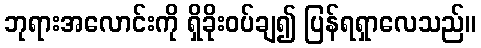
ဘုရားအလောင်းကို ရှိခိုးဝပ်ချ၍ ပြန်ရရှာလေသည်။